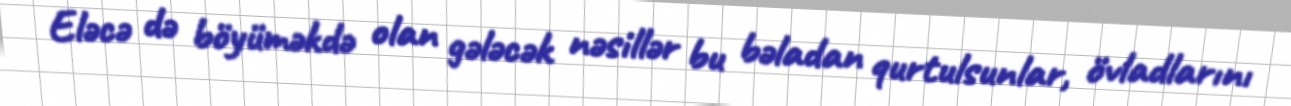
Eləcə də böyüməkdə olan gələcək nəsillər bu bəladan qurtulsunlar, övladlarını